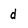
Character: d